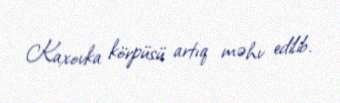
Kaxovka körpüsü artıq məhv edilib.